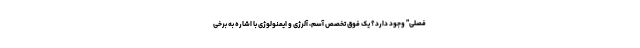
فصلی" وجود دارد؟ یک فوق تخصص آسم، آلرژی و ایمنولوژی با اشاره به برخی